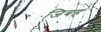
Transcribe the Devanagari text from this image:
जिबह